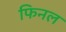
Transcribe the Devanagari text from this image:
फिनल